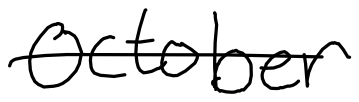
Text: October
Cross-out: single-line
Writing tool: digital_black